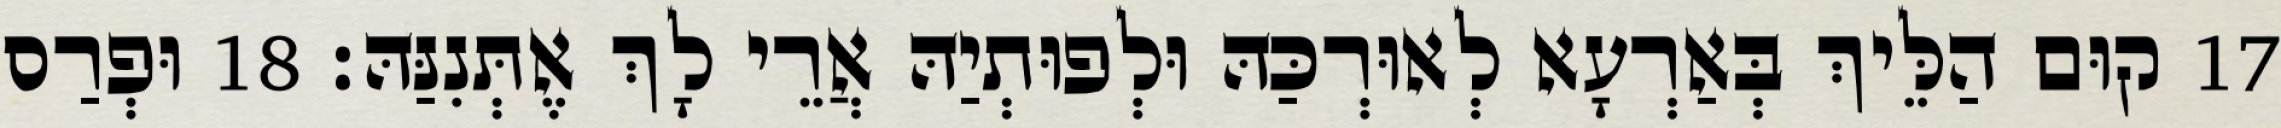
17 קוּם הַלֵּיךְ בְּאַרְעָא לְאוּרְכַּהּ וּלְפוּתְיַהּ אֲרֵי לָךְ אֶתְּנִנַּהּ׃ 18 וּפְרַס